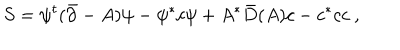
LaTeX: S = \psi ^ { t } ( \bar { \partial } - A ) \psi - \psi ^ { * } c \psi + A ^ { * } \bar { D } ( A ) c - c ^ { * } c c \ ,